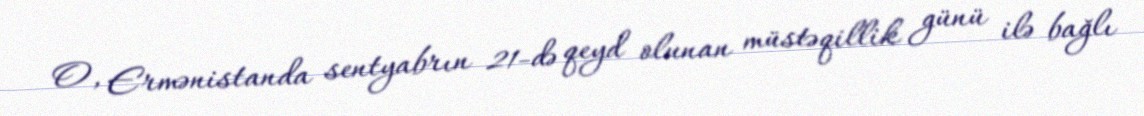
O, Ermənistanda sentyabrın 21-də qeyd olunan müstəqillik günü ilə bağlı